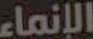
الإنماء